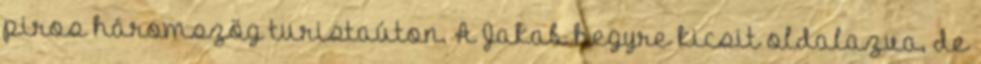
piros háromszög turistaúton. A Jakab hegyre kicsit oldalazva, de